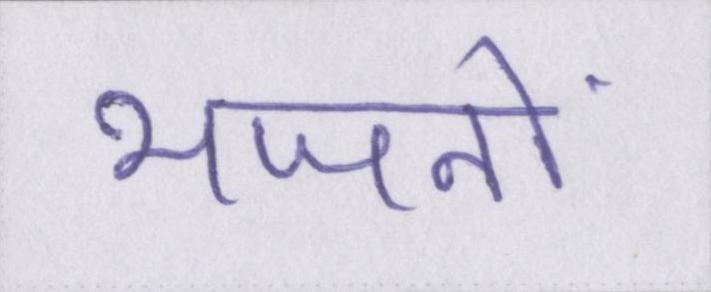
भजनों